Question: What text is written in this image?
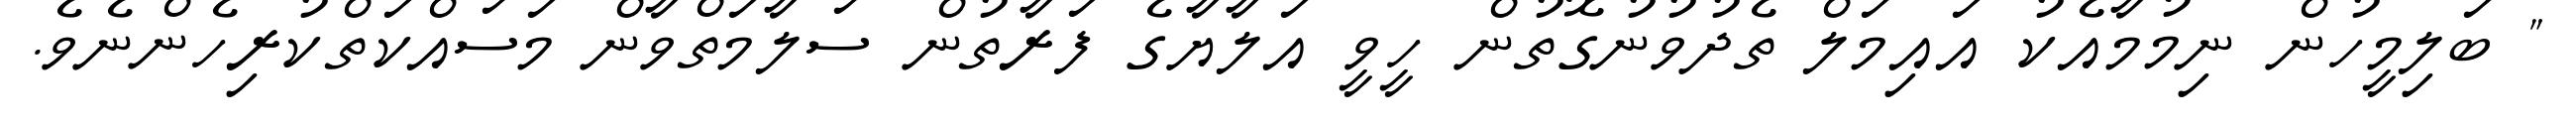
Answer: " ބަލިމީހުން ނިމުމާއެކު އައިމަލް ތެދުވުނުގޮތުން ހީވީ އަލާޔާގެ ފަރާތުން ސަލާމަތްވާން މަސައްކަތްކުރިހެންނެވެ.